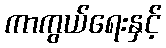
ကာကွယ်ရေးနှင့်